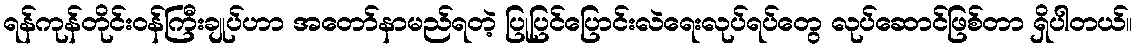
ရန်ကုန်တိုင်းဝန်ကြီးချုပ်ဟာ အတော်နာမည်ရတဲ့ ပြုပြင်ပြောင်းလဲရေးလုပ်ရပ်တွေ လုပ်ဆောင်ဖြစ်တာ ရှိပါတယ်။